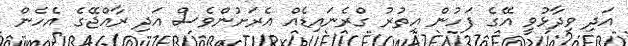
އަދި ވިދާޅުވީ އޭގެ ފަހުން އިތުރު ގްރެނައިޑެއް އެރަށުންވެސް އަދި ރާއްޖޭގެ އެހެން